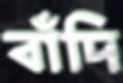
বাঁদি